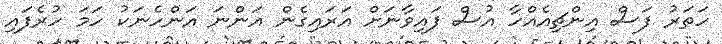
ހަތަރު ފަސް އިންޗިއެއްހާ އުސް ފައިވާނަށް އަރައިގެން އަންނަ އަންހެނަކު ހަމަ ހުރެފައި